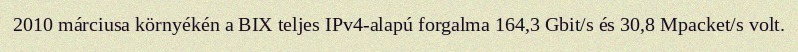
2010 márciusa környékén a BIX teljes IPv4-alapú forgalma 164,3 Gbit/s és 30,8 Mpacket/s volt.